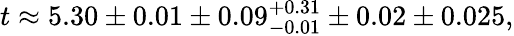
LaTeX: t\approx 5.30\pm 0.01\pm 0.09_{-0.01}^{+0.31}\pm 0.02\pm 0.025,